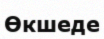
Өкшеде